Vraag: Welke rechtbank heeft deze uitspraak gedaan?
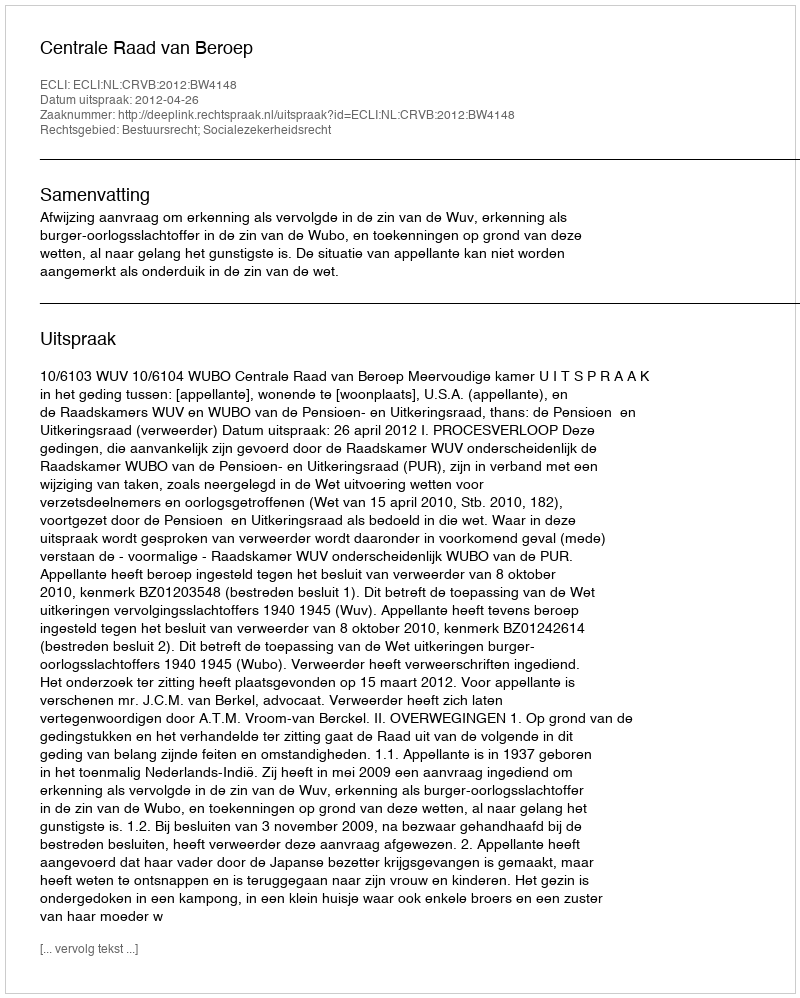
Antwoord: Centrale Raad van Beroep